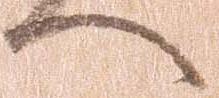
へ